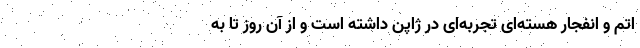
اتم و انفجار هسته‌ای تجربه‌ای در ژاپن داشته است و از آن روز تا به